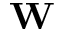
\mathbf { W }